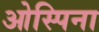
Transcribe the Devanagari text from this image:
ओस्पिना